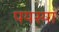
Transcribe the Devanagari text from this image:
पयस्या